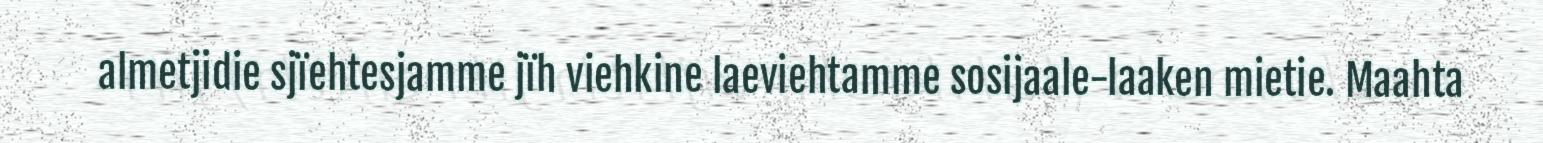
almetjidie sjïehtesjamme jïh viehkine laeviehtamme sosijaale-laaken mietie. Maahta